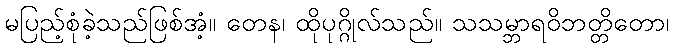
မပြည့်စုံခဲ့သည်ဖြစ်အံ့။ တေန၊ ထိုပုဂ္ဂိုလ်သည်။ သသမ္ဘာရဝိဘတ္တိတော၊